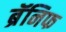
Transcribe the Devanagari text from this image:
ब्रॅनिफ